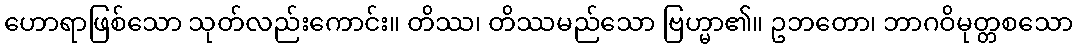
ဟောရာဖြစ်သော သုတ်လည်းကောင်း။ တိဿ၊ တိဿမည်သော ဗြဟ္မာ၏။ ဥဘတော၊ ဘာဂဝိမုတ္တစသော